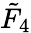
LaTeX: {\tilde{F}}_{4}